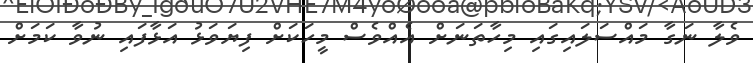
ވެލާ ނަގާ މައްސަލައިގައި މިހާތަނަށް އެއްވެސް މީހަކަށް ފިޔަވަޅު އަޅާފައި ނުވާ ކަމަށް